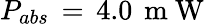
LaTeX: P_{abs}\, =\, 4.0\, \mathrm{~m~W~}